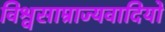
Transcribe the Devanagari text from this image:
विश्वसाम्राज्यवादियों